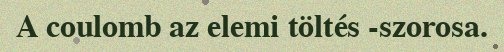
A coulomb az elemi töltés -szorosa.